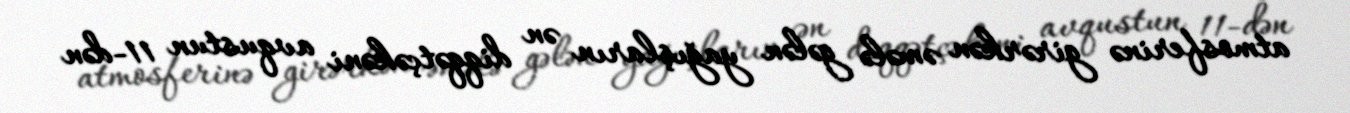
atmosferinə girərkən əmələ gələn yağışların ən diqqətçəkəni avqustun 11-dən